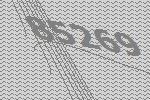
85269